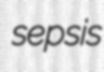
sepsis